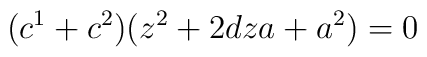
( c^{1} + c^{2} ) ( z^{2} + 2 d z a + a^{2} ) = 0